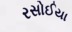
રસોઈયા